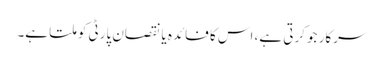
سرکار جو کرتی ہے، اس کا فائدہ یا نقصان پارٹی کو ملتا ہے۔